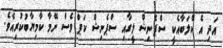
އަދި އެ ކްލަބާއެކީ ސްޕެނިޝް ލީގާއި ސްޕެނިޝް ކަޕް ވެސް ނޭމާ ކާމިޔާބުކުރިއެވެ.